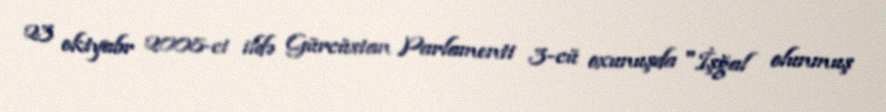
23 oktyabr 2008-ci ildə Gürcüstan Parlamenti 3-cü oxunuşda "İşğal olunmuş